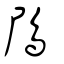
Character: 䲩